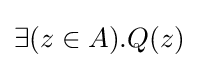
\exists (z\in A).Q(z)